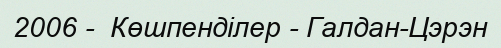
2006 -  Көшпенділер - Галдан-Цэрэн